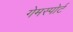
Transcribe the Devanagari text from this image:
गेमस्पोर्ट